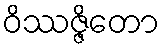
ဝိဿဇ္ဇိတော